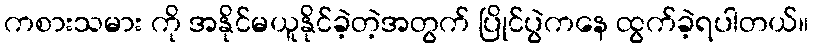
ကစားသမား ကို အနိုင်မယူနိုင်ခဲ့တဲ့အတွက် ပြိုင်ပွဲကနေ ထွက်ခဲ့ရပါတယ်။